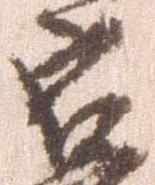
宿